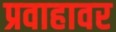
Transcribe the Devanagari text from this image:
प्रवाहावर